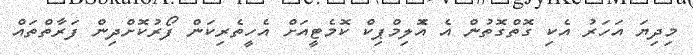
މިދިޔަ އަހަރު އެކި ގޮތްގޮތުން އެ އެޮލިމްޕިކް ކޮމެޓީއަށް އެހީތެރިކަން ފޯރުކޮށްދިން ފަރާތްތައް